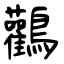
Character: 鸛